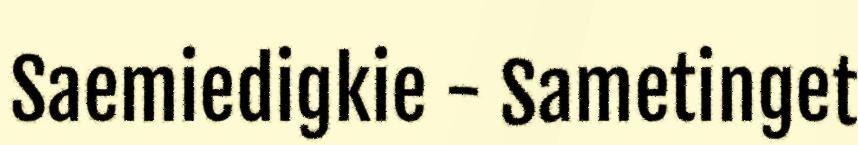
Saemiedigkie - Sametinget